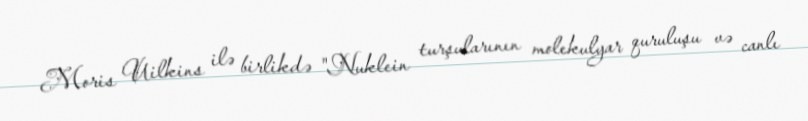
Moris Uilkins ilə birlikdə "Nuklein turşularının molekulyar quruluşu və canlı